Annual report on the health of the army in India
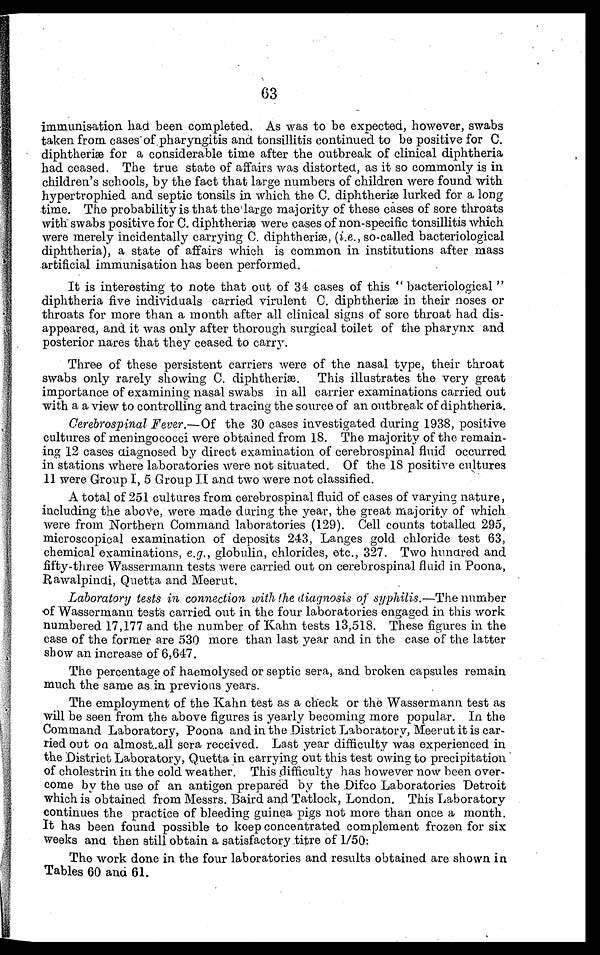
63
immunisation had been completed. As was to be expected, however, swabs
taken from cases of pharyngitis and tonsillitis continued to be positive for C.
diphtheriæ for a considerable time after the outbreak of clinical diphtheria
had ceased. The true state of affairs was distorted, as it so commonly is in
children's schools, by the fact that large numbers of children were found with
hypertrophied and septic tonsils in which the C. diphtheriæ lurked for a long
time. The probability is that the large majority of these cases of sore throats
with swabs positive for C. diphtheriæ were cases of non-specific tonsillitis which
were merely incidentally carrying C. diphtheriæ, (i.e., so-called bacteriological
diphtheria), a state of affairs which is common in institutions after mass
,artificial immunisation has been performed.
It is interesting to note that out of 34 cases of this " bacteriological "
diphtheria five individuals carried virulent C. diphtheriæ in their noses or
throats for more than a month after all clinical signs of sore throat had dis-
-appeared, and it was only after thorough surgical toilet of the pharynx and
posterior nares that they ceased to carry.
Three of these persistent carriers were of the nasal type, their throat
swabs only rarely showing C. diphtheriæ. This illustrates the very great
importance of examining nasal swabs in all carrier examinations carried out
with a a view to controlling and tracing the source of an outbreak of diphtheria.
Cerebrospinal Fever.—Of the 30 cases investigated during 1938, positive
cultures of meningococci were obtained from 18. The majority of the remain-
ing 12 cases diagnosed by direct examination of cerebrospinal fluid occurred
in stations where laboratories were not situated. Of the 18 positive cultures
11 were Group I, 5 Group II and two were not classified.
A total of 251 cultures from cerebrospinal fluid of cases of varying nature,
including the above, were made during the year, the great majority of which
were from Northern Command laboratories (129). Cell counts totalled 295,
microscopical examination of deposits 243, Langes gold chloride test 63,
chemical examinations, e.g., globulin, chlorides, etc., 327. Two hundred and
fifty-three Wassermann tests were carried out on cerebrospinal fluid in Poona,
Rawalpindi, Quetta and Meerut.
Laboratory tests in connection with the diagnosis of syphilis.— The number
of Wassermann tests carried out in the four laboratories engaged in this work
numbered 17,177 and the number of Kahn tests 13,518. These figures in the
case of the former are 530 more than last year and in the case of the latter
show an increase of 6,647.
The percentage of haemolysed or septic sera, and broken capsules remain
much the same as. in previous years.
The employment of the Kahn test as a check or the Wassermann test as
will be seen from the above figures is yearly becoming more popular. In the
Command Laboratory, Poona and in the District Laboratory, Meerut it is car-
ried out on almost all sera received. Last year difficulty was experienced in
the District Laboratory, Quetta in carrying out this test owing to precipitation
of cholestrin in the cold. weather. This difficulty has however now been over-
come by the use of an antigen prepared by the .Difco Laboratories Detroit
which is obtained from Messrs. Baird and Tatlock, London. This Laboratory
continues the practice of bleeding guinea pigs not more than once a month.
It has been found possible to keep concentrated complement frozen for six
weeks and then still obtain a satisfactory titre of 1/50:
The work done in the four laboratories and results obtained are shown in
Tables 60 and 61.